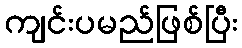
ကျင်းပမည်ဖြစ်ပြီး